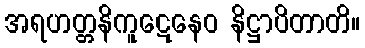
အရဟတ္တနိကူဋေနေဝ နိဋ္ဌာပိတာတိ။